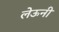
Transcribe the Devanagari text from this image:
लेऊनी